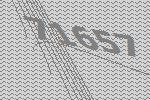
71657